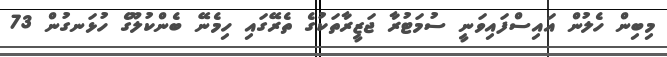
މިބިން ހެލުން އައިސްފައިވަނީ ސުމަޓުރާ ޖަޒީރާތަކުގެ ތެރޭގައި ހިމެނޭ ބެންކުލޫގެ ހުޅަނގުން 73